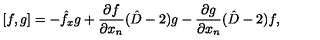
{ } [ f , g ] = - \hat { f } _ { x } g + \frac { \partial f } { \partial x _ { n } } ( \hat { D } - 2 ) g - \frac { \partial g } { \partial x _ { n } } ( \hat { D } - 2 ) f ,